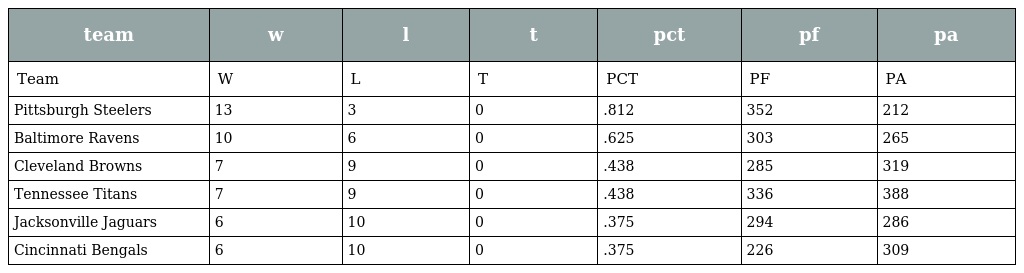
| team | w | l | t | pct | pf | pa |
 | --- | --- | --- | --- | --- | --- | --- |
 | Team | W | L | T | PCT | PF | PA |
 | Pittsburgh Steelers | 13 | 3 | 0 | .812 | 352 | 212 |
 | Baltimore Ravens | 10 | 6 | 0 | .625 | 303 | 265 |
 | Cleveland Browns | 7 | 9 | 0 | .438 | 285 | 319 |
 | Tennessee Titans | 7 | 9 | 0 | .438 | 336 | 388 |
 | Jacksonville Jaguars | 6 | 10 | 0 | .375 | 294 | 286 |
 | Cincinnati Bengals | 6 | 10 | 0 | .375 | 226 | 309 |